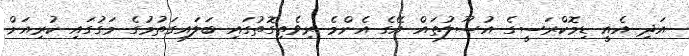
އަދި އެއީ ޑިމޮކްރަސީގެ އުސޫލުތައް އޭގެ އެންމެ ރިވެތިގޮތުގައި ބަލައިގަތުމުގެ މަގުގައި ކުރިއަށް